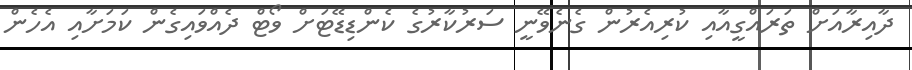
ދާއިރާއަށް ތަރައްގީއާއި ކުރިއެރުން ގެނެވޭނީ ސަރުކާރުގެ ކެންޑިޑޭޓަށް ވޯޓް ދެއްވައިގެން ކަމަށާއި އެހެން